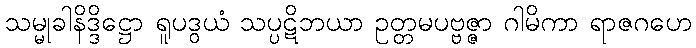
သမ္မုခါနိဒ္ဒိဋ္ဌော ရူပဒွယံ သပ္ပဋိဘယာ ဥတ္တမပဗ္ဗဇ္ဇာ ဂါမိကာ ရာဇဂဟေ